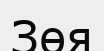
Зөя